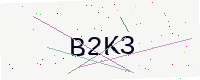
Text: B2K3